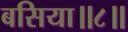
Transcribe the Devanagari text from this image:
बसिया॥८॥